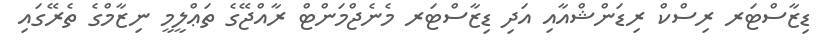
ޑިޒާސްޓަރ ރިސްކް ރިޑަންޝްއާއި އަދި ޑިޒާސްޓަރ މެނެޖްމަންޓް ރާއްޖޭގެ ތަޢްލީމީ ނިޒާމްގެ ތެރޭގައި